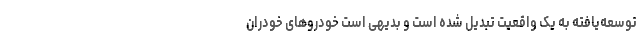
توسعه‌یافته به یک واقعیت تبدیل شده است و بدیهی است خودروهای خودران